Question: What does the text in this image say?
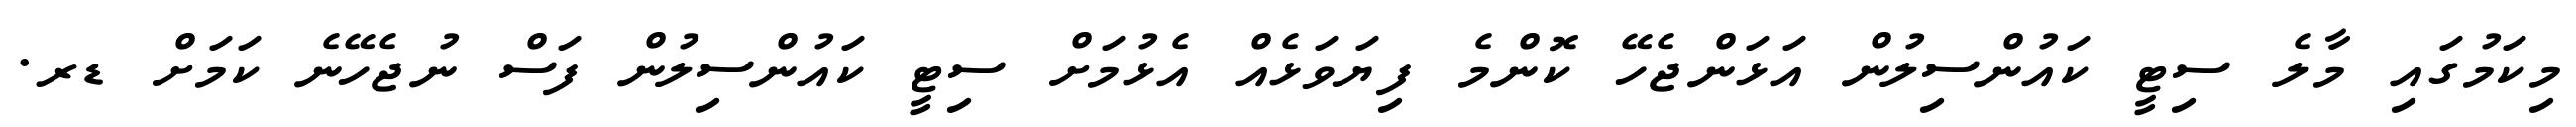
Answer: މިކަމުގައި މާލެ ސިޓީ ކައުންސިލުން އަޅަންޖެހޭ ކޮންމެ ފިޔަވަޅެއް އެޅުމަށް ސިޓީ ކައުންސިލުން ފަސް ނުޖެހޭނެ ކަމަށް ޑރ.